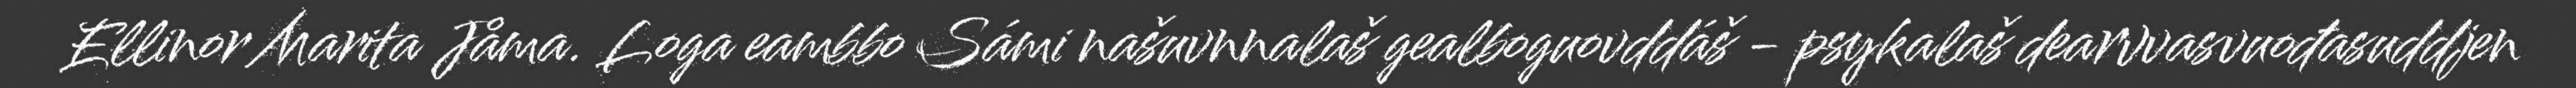
Ellinor Marita Jåma. Loga eambbo Sámi našuvnnalaš gealboguovddáš - psykalaš dearvvasvuođasuddjen